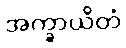
အက္ခာယိတံ